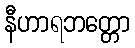
နီဟာရဘတ္တော